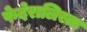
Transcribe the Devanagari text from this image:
फेदेरालिस्ता